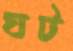
ঘট